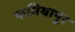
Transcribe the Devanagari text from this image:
फतियापुर